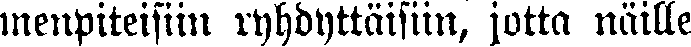
menpiteisiin ryhdyttäisiin, jotta näille